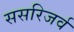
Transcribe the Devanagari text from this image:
ससरिजर्व